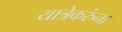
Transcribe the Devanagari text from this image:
यात्रेकरुंना